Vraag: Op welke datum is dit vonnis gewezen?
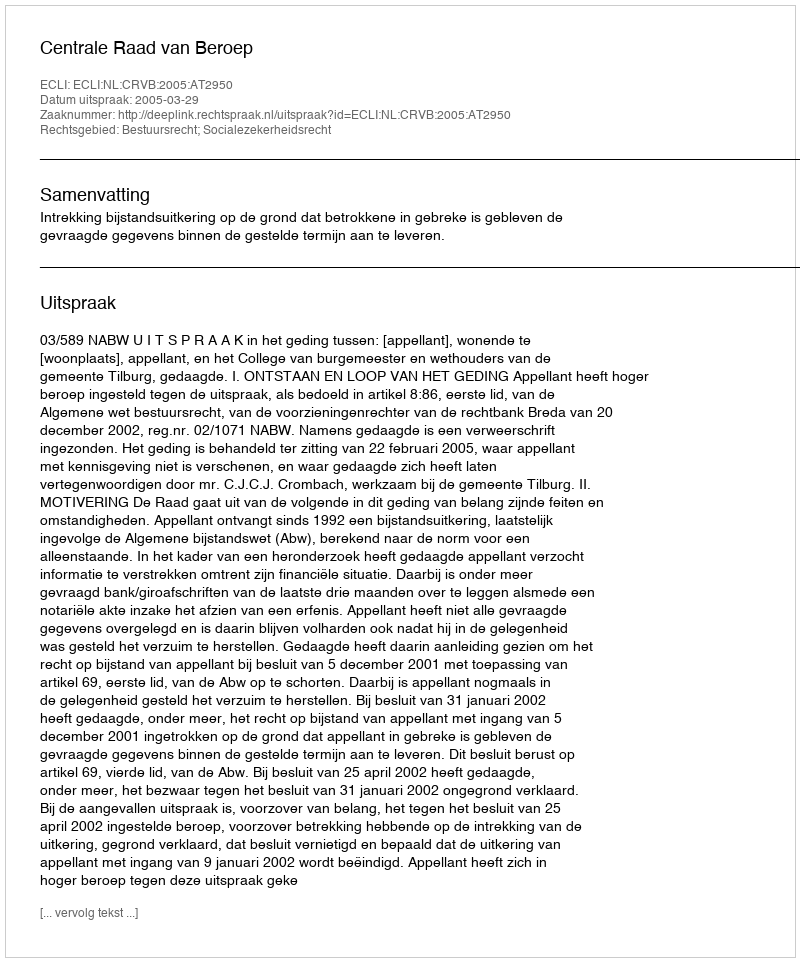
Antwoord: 2005-03-29